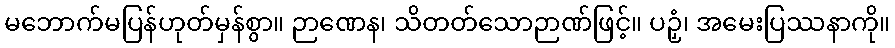
မဘောက်မပြန်ဟုတ်မှန်စွာ။ ဉာဏေန၊ သိတတ်သောဉာဏ်ဖြင့်။ ပဉှံ၊ အမေးပြဿနာကို။